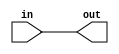
// Exercise 2-1-1: Simple Wire
module SimpleWire (
    input in,
    output out
);
    assign out = in;
endmodule